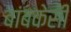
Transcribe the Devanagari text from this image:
बांबकेसी